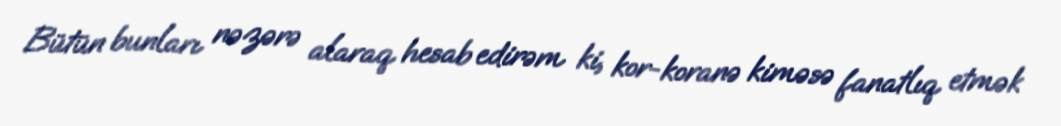
Bütün bunları nəzərə alaraq hesab edirəm ki, kor-koranə kiməsə fanatlıq etmək